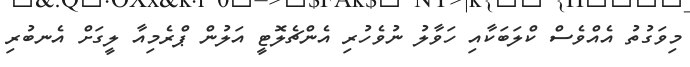
މިވަގުތު އެއްވެސް ކްލަބަކާއި ހަވާލު ނުވެހުރި އެންޗެލޮޓީ އަލުން ޕްރެމިއާ ލީގަށް އެނބުރި